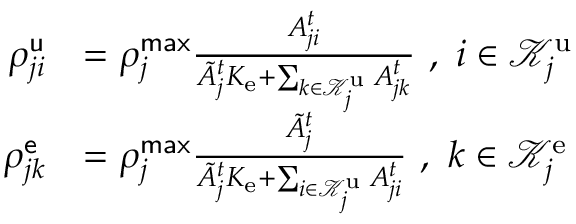
\begin{array} { r l } { \rho _ { j i } ^ { \mathsf { u } } } & { = \rho _ { j } ^ { \mathsf { m a x } } \frac { { A } _ { j i } ^ { t } } { \tilde { A } _ { j } ^ { t } K _ { \mathrm { e } } + \sum _ { k \in \mathcal { K } _ { j } ^ { \mathrm { u } } } { A } _ { j k } ^ { t } } \ , ~ i \in \mathcal { K } _ { j } ^ { \mathrm { u } } } \\ { \rho _ { j k } ^ { \mathsf { e } } } & { = \rho _ { j } ^ { \mathsf { m a x } } \frac { \tilde { A } _ { j } ^ { t } } { \tilde { A } _ { j } ^ { t } K _ { \mathrm { e } } + \sum _ { i \in \mathcal { K } _ { j } ^ { \mathrm { u } } } { A } _ { j i } ^ { t } } \ , ~ k \in \mathcal { K } _ { j } ^ { \mathrm { e } } } \end{array}